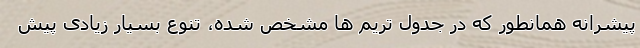
پیشرانه همانطور که در جدول تریم ها مشخص شده، تنوع بسیار زیادی پیش